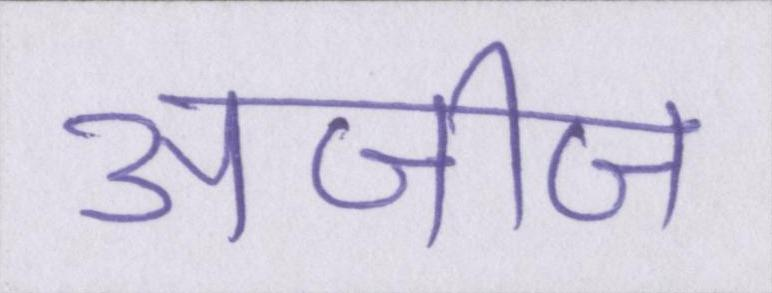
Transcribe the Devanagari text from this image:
अजीज